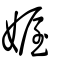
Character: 媉